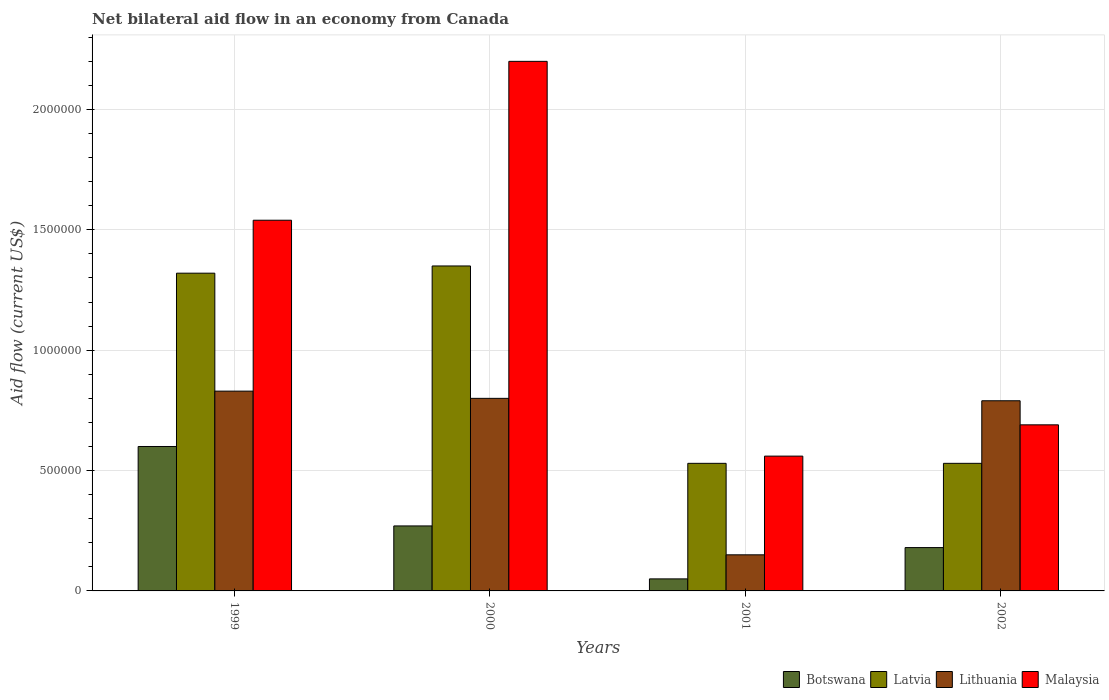
| Years | Botswana | Latvia | Lithuania | Malaysia |
 | --- | --- | --- | --- | --- |
 | 1999 | 6e+05 | 1.32e+06 | 8.3e+05 | 1.54e+06 |
 | 2000 | 2.7e+05 | 1.35e+06 | 8e+05 | 2.2e+06 |
 | 2001 | 5e+04 | 5.3e+05 | 1.5e+05 | 5.6e+05 |
 | 2002 | 1.8e+05 | 5.3e+05 | 7.9e+05 | 6.9e+05 |